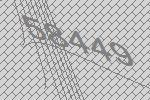
58449